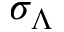
\sigma _ { \Lambda }